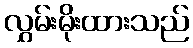
လွှမ်းမိုးထားသည်